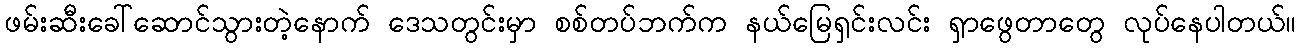
ဖမ်းဆီးခေါ်ဆောင်သွားတဲ့နောက် ဒေသတွင်းမှာ စစ်တပ်ဘက်က နယ်မြေရှင်းလင်း ရှာဖွေတာတွေ လုပ်နေပါတယ်။